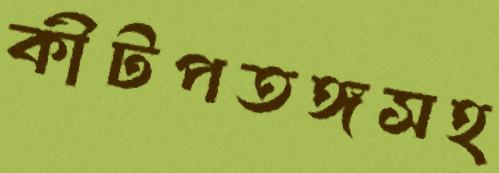
কীটপতঙ্গসহ